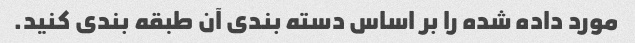
مورد داده شده را بر اساس دسته بندی آن طبقه بندی کنید.